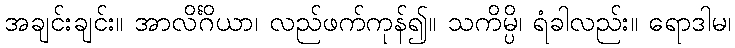
အချင်းချင်း။ အာလိင်္ဂိယာ၊ လည်ဖက်ကုန်၍။ သကိမ္ပိ၊ ရံခါလည်း။ ရောဒါမ၊